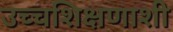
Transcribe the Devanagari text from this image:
उच्चशिक्षणाशी